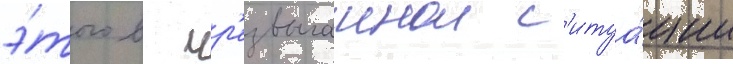
э́того в чр'езвычаинои с'итуа́ции